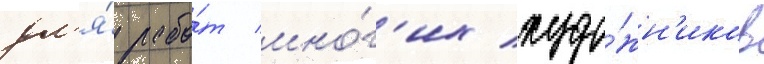
дл'я́ рабо́т мно́г'их худо́жн'иков